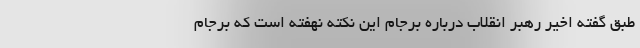
طبق گفته اخیر رهبر انقلاب درباره برجام این نکته نهفته است که برجام